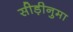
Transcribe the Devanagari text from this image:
सीड़ीनुमा